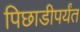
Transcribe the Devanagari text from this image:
पिछाडीपर्यंत